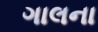
ગાલના